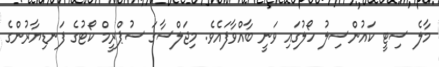
މާލެ ސިޓީ ކައުންސިލު ހޯލުގައި ވަނީ ބާއްވާފައެވެ. މިޖަލްސާގަ ސުޕްރީމް ކޯޓުގެ ފަނޑިޔާރުންގެ